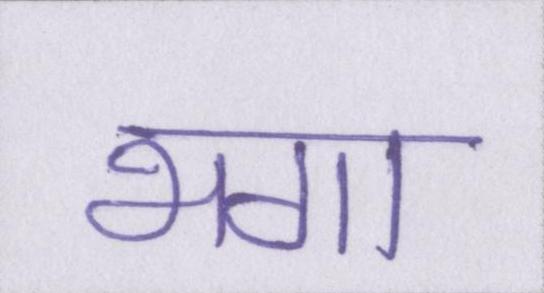
भगा